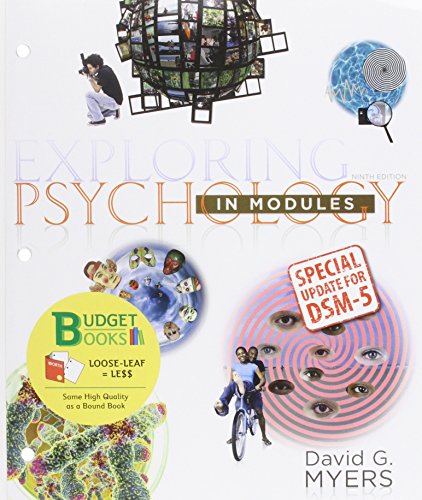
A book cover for Loose-leaf Version for Exploring Psychology in Modules with DSM5 Update; David G. Myers; Medical Books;